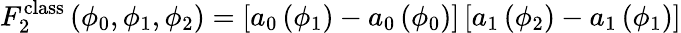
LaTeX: F_{2}^{\mathrm{class}}\left(\phi_{0},\phi_{1},\phi_{2}\right)=\left[a_{0}\left(\phi_{1}\right)-a_{0}\left(\phi_{0}\right)\right]\left[a_{1}\left(\phi_{2}\right)-a_{1}\left(\phi_{1}\right)\right]